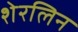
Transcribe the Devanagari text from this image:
शेरलिन